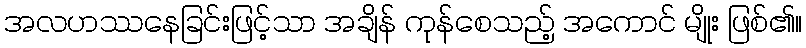
အလဟဿနေခြင်းဖြင့်သာ အချိန် ကုန်စေသည့် အကောင် မျိုး ဖြစ်၏။